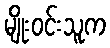
မျိုးဝင်းသူက